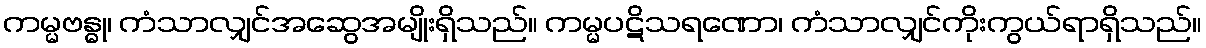
ကမ္မဗန္ဓု၊ ကံသာလျှင်အဆွေအမျိုးရှိသည်။ ကမ္မပဋိသရဏော၊ ကံသာလျှင်ကိုးကွယ်ရာရှိသည်။